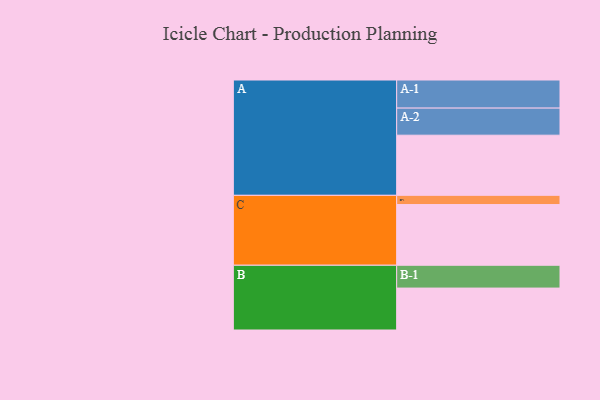
{"axis": {"x": "Segment", "y": "Value"}, "legend": ["", "A", "B", "C"], "data": [{"x": "A", "y": 548, "type": ""}, {"x": "B", "y": 382, "type": ""}, {"x": "C", "y": 553, "type": ""}, {"x": "A-1", "y": 256, "type": "A"}, {"x": "A-2", "y": 247, "type": "A"}, {"x": "B-1", "y": 208, "type": "B"}, {"x": "C-1", "y": 84, "type": "C"}]}